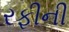
રફીની